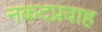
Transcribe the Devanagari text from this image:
नकदप्रवाह